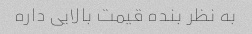
به نظر بنده قیمت بالایی داره